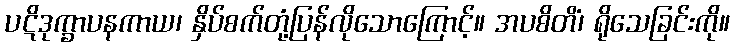
ပဋိဒုက္ခာပနကာယ၊ နှိပ်စက်တုံ့ပြန်လိုသောကြောင့်။ အပစိတိံ၊ ရိုသေခြင်းကို။